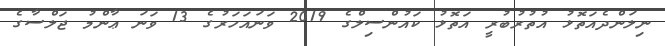
ނިލަންދެއަތޮޅު އުތުރުބުރީ އަތޮޅު ކައުންސިލްގެ 2019 ވަނައަހަރުގެ 13 ވަނަ ޢާންމު ޖަލްސާގެ